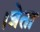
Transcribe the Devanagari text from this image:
।त्रेता